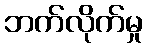
ဘက်လိုက်မှု